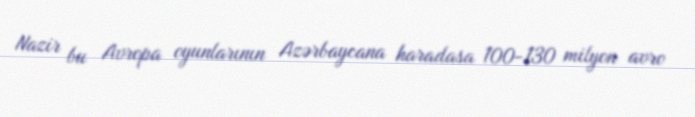
Nazir bu Avropa oyunlarının Azərbaycana haradasa 100-130 milyon avro